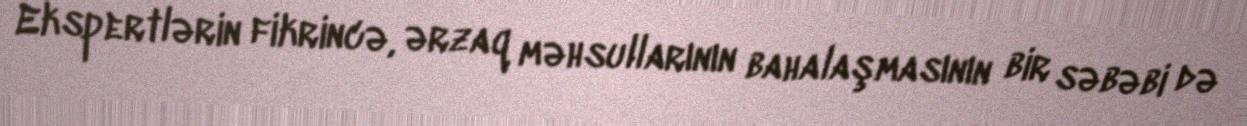
Ekspertlərin fikrincə, ərzaq məhsullarının bahalaşmasının bir səbəbi də